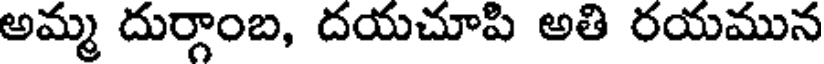
అమ్మ దుర్గాంబ, దయచూపి అతి రయమున